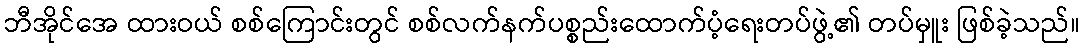
ဘီအိုင်အေ ထားဝယ် စစ်ကြောင်းတွင် စစ်လက်နက်ပစ္စည်းထောက်ပံ့ရေးတပ်ဖွဲ့၏ တပ်မှူး ဖြစ်ခဲ့သည်။